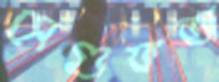
সেগুফতা